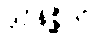
ဒုဝိနိစ္ဆိတံ